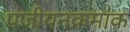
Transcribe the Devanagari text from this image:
पंजीयनक्रमांक